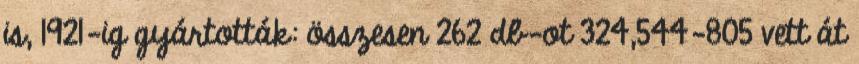
is, 1921-ig gyártották: összesen 262 db-ot 324,544–805 vett át